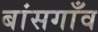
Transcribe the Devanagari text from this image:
बांसगाँव